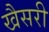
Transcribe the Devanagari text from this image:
खैसरी